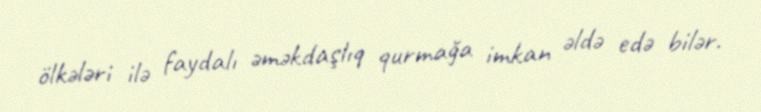
ölkələri ilə faydalı əməkdaşlıq qurmağa imkan əldə edə bilər.